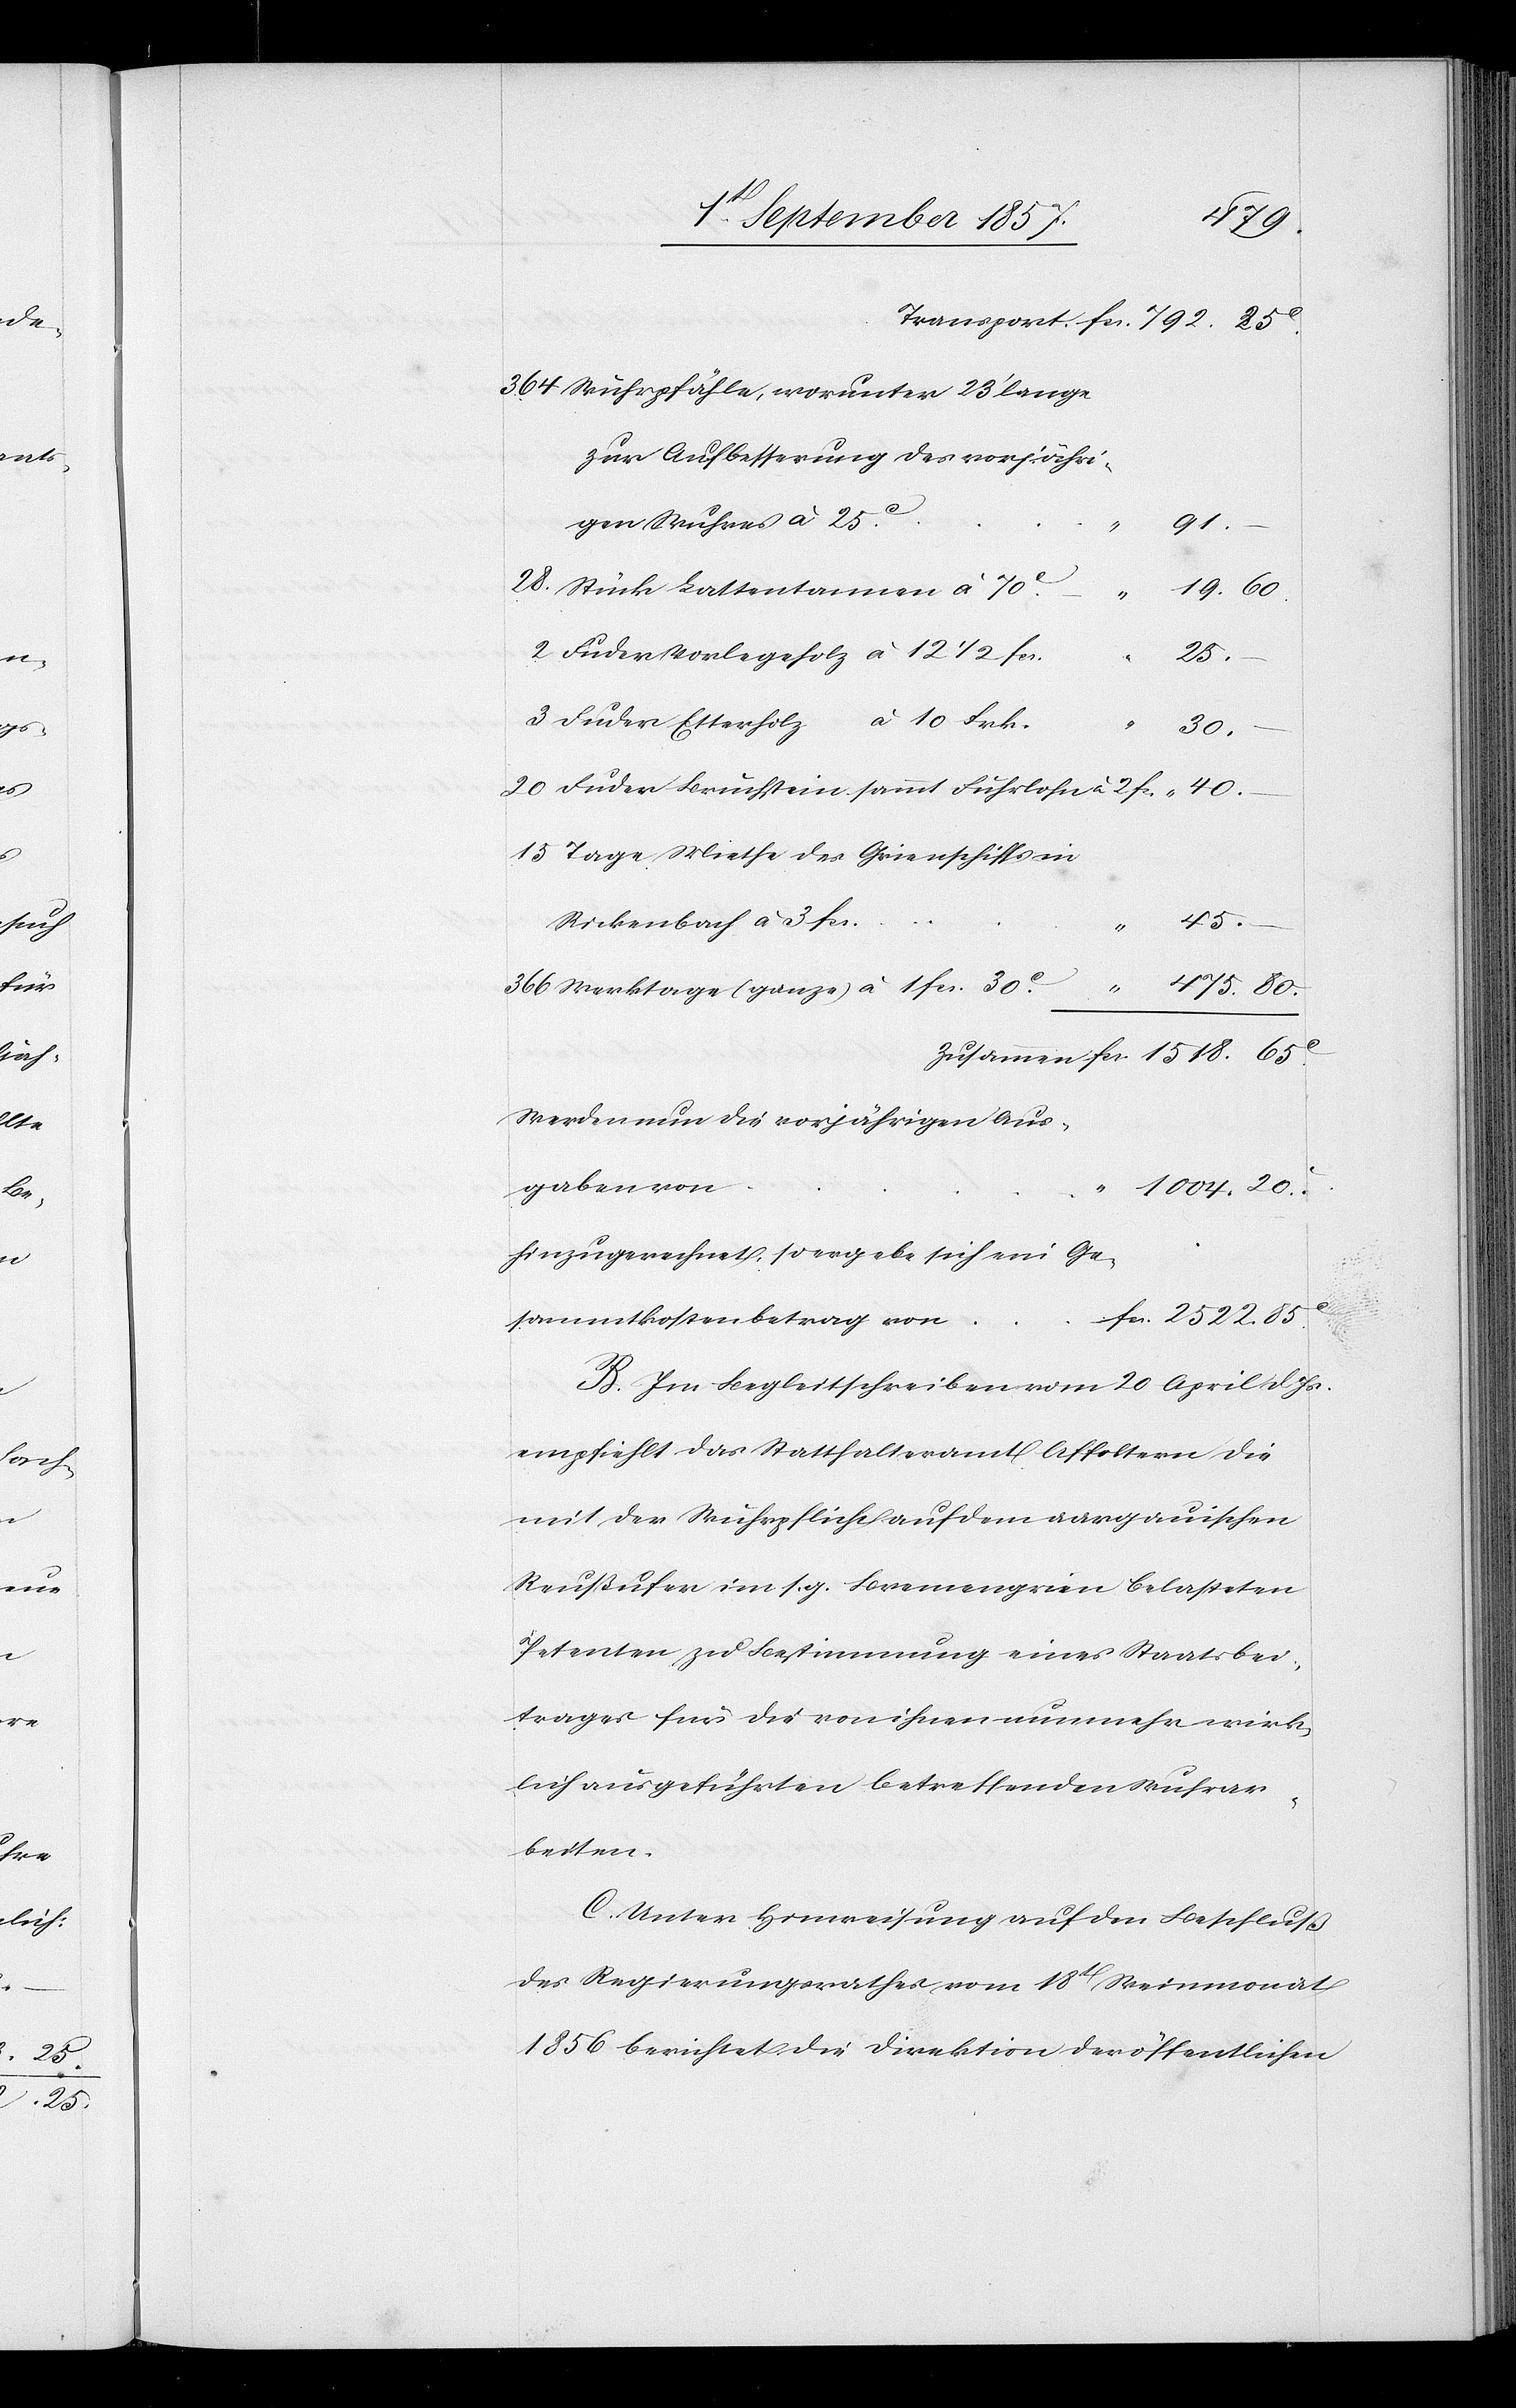
364 Wuhrpfähle, worunter 23’ lange
45.
–
28 Stück Lattentannen à 70c
19.60
2 Fuder Vorlegeholz à 12 1/2
25.
20 Fuder Bruchstein sammt Fuhrlohn à 2
40.
15 Tage Miethe desGrienschiffs in
Rickenbach à 3
366 Werktage (ganze) à 1 fcs.
475.80
Zusammen fcs. 1518.65c
Werden nun die vorjährigen Aus¬
gaben von
1004.20c
hinzugerechnet, so ergebe sich ein Ge¬
cs. 2522.85c
sammtkostenbetrag von	f¬
B. Im Begleitschreiben vom 20 April d. Js.
empfiehlt das Statthalteramt Affoltern die
mit der Wuhrpflicht auf dem aargauischen
Reußufer im s. g. Bremengrien belasteten
Petenten zu Bestimmung eines Staatsbei¬
trages für die von ihnen nunmehr wirk¬
lich ausgeführten betreffenden Wuhrar¬
beiten.
C. Unter Hinweisung auf den Beschluß
des Regierungsrathes vom 18t Weinmonat
1856 berichtet die Direktion der öffentlichen